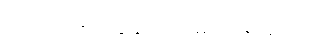
တောင်ဘက်ကျွန်းဟုအဓိပ္ပါယ်ရသည်။